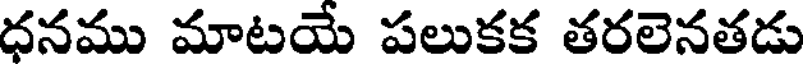
ధనము మాటయే పలుకక తరలెనతడు